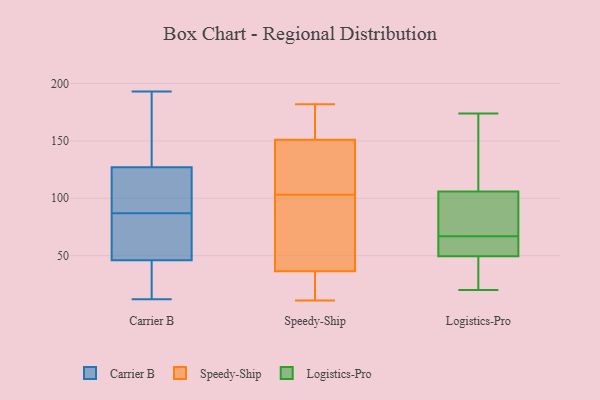
{"axis": {"x": "Customer Acquisition Cost (USD)", "y": "Value"}, "legend": ["Carrier B", "Logistics-Pro", "Speedy-Ship"], "data": [{"x": "", "y": 76, "type": "Carrier B"}, {"x": "", "y": 119, "type": "Carrier B"}, {"x": "", "y": 29, "type": "Carrier B"}, {"x": "", "y": 46, "type": "Carrier B"}, {"x": "", "y": 101, "type": "Carrier B"}, {"x": "", "y": 66, "type": "Carrier B"}, {"x": "", "y": 189, "type": "Carrier B"}, {"x": "", "y": 132, "type": "Carrier B"}, {"x": "", "y": 65, "type": "Carrier B"}, {"x": "", "y": 127, "type": "Carrier B"}, {"x": "", "y": 26, "type": "Carrier B"}, {"x": "", "y": 193, "type": "Carrier B"}, {"x": "", "y": 12, "type": "Carrier B"}, {"x": "", "y": 98, "type": "Carrier B"}, {"x": "", "y": 182, "type": "Speedy-Ship"}, {"x": "", "y": 114, "type": "Speedy-Ship"}, {"x": "", "y": 121, "type": "Speedy-Ship"}, {"x": "", "y": 35, "type": "Speedy-Ship"}, {"x": "", "y": 113, "type": "Speedy-Ship"}, {"x": "", "y": 175, "type": "Speedy-Ship"}, {"x": "", "y": 23, "type": "Speedy-Ship"}, {"x": "", "y": 52, "type": "Speedy-Ship"}, {"x": "", "y": 41, "type": "Speedy-Ship"}, {"x": "", "y": 161, "type": "Speedy-Ship"}, {"x": "", "y": 164, "type": "Speedy-Ship"}, {"x": "", "y": 35, "type": "Speedy-Ship"}, {"x": "", "y": 11, "type": "Speedy-Ship"}, {"x": "", "y": 103, "type": "Speedy-Ship"}, {"x": "", "y": 59, "type": "Speedy-Ship"}, {"x": "", "y": 93, "type": "Logistics-Pro"}, {"x": "", "y": 68, "type": "Logistics-Pro"}, {"x": "", "y": 137, "type": "Logistics-Pro"}, {"x": "", "y": 20, "type": "Logistics-Pro"}, {"x": "", "y": 174, "type": "Logistics-Pro"}, {"x": "", "y": 52, "type": "Logistics-Pro"}, {"x": "", "y": 93, "type": "Logistics-Pro"}, {"x": "", "y": 25, "type": "Logistics-Pro"}, {"x": "", "y": 66, "type": "Logistics-Pro"}, {"x": "", "y": 165, "type": "Logistics-Pro"}, {"x": "", "y": 47, "type": "Logistics-Pro"}, {"x": "", "y": 119, "type": "Logistics-Pro"}, {"x": "", "y": 61, "type": "Logistics-Pro"}, {"x": "", "y": 45, "type": "Logistics-Pro"}, {"x": "", "y": 88, "type": "Logistics-Pro"}, {"x": "", "y": 53, "type": "Logistics-Pro"}]}